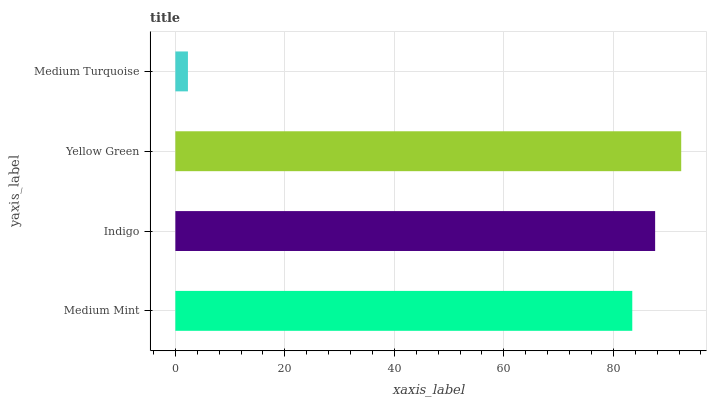
| yaxis_label | bars |
 | --- | --- |
 | Medium Mint | 83.5 |
 | Indigo | 87.6 |
 | Yellow Green | 92.4 |
 | Medium Turquoise | 2.3 |